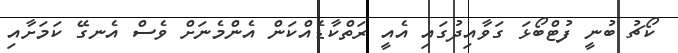
ކޯޗު ބުނީ ފުޓްބޯޅަ ގަވާއިދުގައި އެއީ ރަތްކާޑެއްކަން އެންމެނަށް ވެސް އެނގޭ ކަމަށާއި